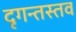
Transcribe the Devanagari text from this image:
दृगन्तस्तव